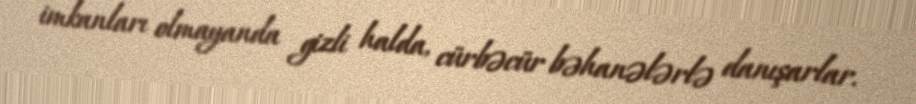
imkanları olmayanda gizli halda, cürbəcür bəhanələrlə danışarlar.